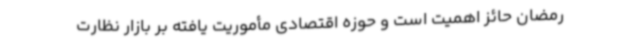
رمضان حائز اهمیت است و حوزه اقتصادی مأموریت یافته بر بازار نظارت